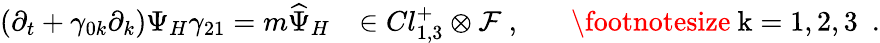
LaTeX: \left(\partial_{t}+\gamma_{0k}\partial_{k}\right)\Psi_{H}\gamma_{21}=m\widehat{\Psi}_{H}~~~\in Cl_{1,3}^{+}\otimes{\cal F}~,~~~~~~~\mathrm{\footnotesize~k=1,2,3~}~.